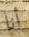
أنا